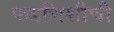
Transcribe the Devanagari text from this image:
फडणिशीची